Civil Veterinary Department. United Provinces 1912-22 - 1912-1922
Year: 1912
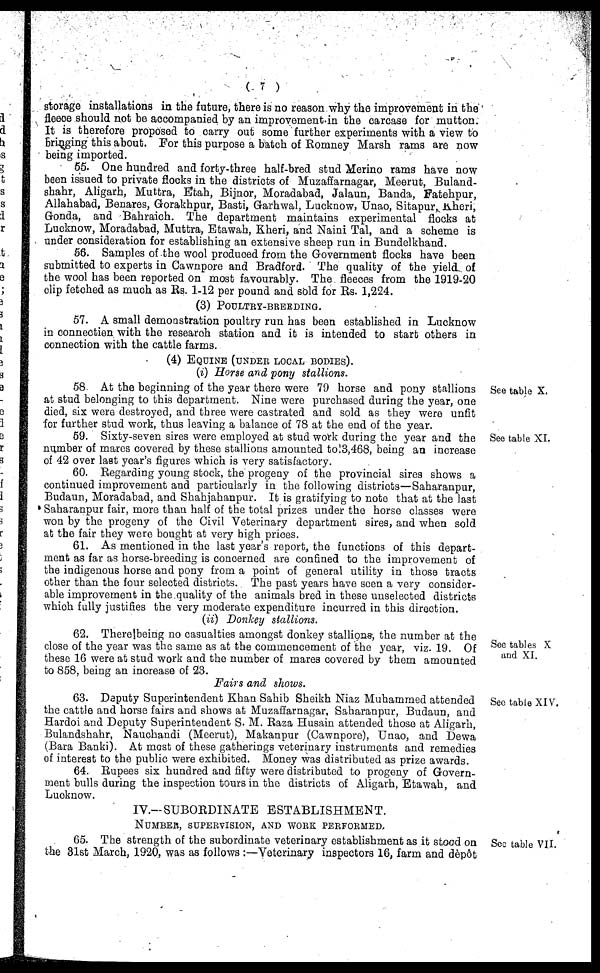
(7)
storage installations in the future, there is no reason why the improvement in the
fleece should not be accompanied by an improvement in the carcase for mutton.
It is therefore proposed to carry out some further experiments with a view to
bringing this about. For this purpose a batch of Romney Marsh rams are now
being imported.
55. One hundred and forty-three half-bred stud Merino rams have now
been issued to private flocks in the districts of Muzaffarnagar, Meerut, Buland-
shahr, Aligarh, Muttra, Etah, Bijnor, Moradabad, Jalaun, Banda, Fatehpur,
Allahabad, Benares, Gorakhpur, Basti, Garhwal, Lucknow, Unao, Sitapur, Kheri,
Gonda, and Bahraich. The department maintains experimental flocks at
Lucknow, Moradabad, Muttra, Etawah, Kheri, and Naini Tal, and a scheme is
under consideration for establishing an extensive sheep run in Bundelkhand.
56. Samples of the wool produced from the Government flocks have been
submitted to experts in Cawnpore and Bradford. The quality of the yield of
the wool has been reported on most favourably. The fleeces from the 1919-20
clip fetched as much as Rs. 1-12 per pound and sold for Rs. 1,224.
(3) POULTRY-BREEDING.
57. A small demonstration poultry run has been established in Lucknow
in connection with the research station and it is intended to start others in
connection with the cattle farms.
(4) EQUINE (UNDER LOCAL BODIES).
(I) Horse and pony stallions.
See table X.
58 At the beginning of the year there were 79 horse and pony stallions
at stud belonging to this department. Nine were purchased during the year, one
died, six were destroyed, and three were castrated and sold as they were unfit
for further stud work, thus leaving a balance of 78 at the end of the year.
See table XI.
59. Sixty-seven sires were employed at stud work during the year and the
number of mares covered by these stallions amounted to 3,468, being an increase
of 42 over last year's figures which is very satisfactory.
60. Regarding young stock, the progeny of the provincial sires shows a
continued improvement and particularly in the following districts—Saharanpur,
Budaun, Moradabad, and Shahjahanpur. It is gratifying to note that at the last
Saharanpur fair, more than half of the total prizes under the horse classes were
won by the progeny of the Civil Veterinary department sires, and when sold
at the fair they were bought at very high prices.
61. As mentioned in the last year's report, the functions of this depart-
ment as far as horse-breeding is concerned are confined to the improvement of
the indigenous horse and pony from a point of general utility in those tracts
other than the four selected districts. The past years have seen a very consider-
able improvement in the quality of the animals bred in these unselected districts
which fully justifies the very moderate expenditure incurred in this direction.
(ii) Donkey stallions.
See tables X
and XI.
62. Therelbeing no casualties amongst donkey stallions, the number at the
close of the year was the same as at the commencement of the year, viz. 19. Of
these 16 were at stud work and the number of mares covered by them amounted
to 858, being an increase of 23.
Fairs and shows.
See table XIV.
63. Deputy Superintendent Khan Sahib Sheikh Niaz Muhammed attended
the cattle and horse fairs and shows at Muzaflarnagar, Saharanpur, Budaun, and
Hardoi and Deputy Superintendent S. M. Raza Husain attended those at Aligarh,
Bulandshahr, Nauchandi (Meerut), Makanpur (Cawnpore), Unao, and Dewa
(Bara Banki). At most of these gatherings veterinary instruments and remedies
of interest to the public were exhibited. Money was distributed as prize awards.
64. Rupees six hundred and fifty were distributed to progeny of Govern-
ment bulls during the inspection tours in the districts of Aligarh, Etawah, and
Lucknow.
IV.—SUBORDINATE ESTABLISHMENT.
NUMBER, SUPERVISION, AND WORK PERFORMED.
See table VII.
65. The strength of the subordinate veterinary establishment as it stood on
the 31st March, 1920, was as follows :—Veterinary inspectors 16, farm and dépôt